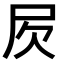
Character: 𣢂